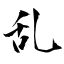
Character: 乱